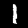
Label: 1